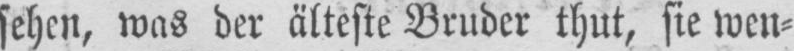
sehen, was der älteste Bruder thut, sie wen⸗